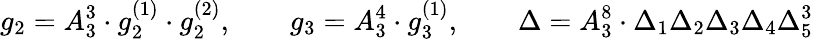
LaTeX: g_{2}=A_{3}^{3}\cdot g_{2}^{(1)}\cdot g_{2}^{(2)},\qquad g_{3}=A_{3}^{4}\cdot g_{3}^{(1)},\qquad\Delta=A_{3}^{8}\cdot\Delta_{1}\Delta_{2}\Delta_{3}\Delta_{4}\Delta_{5}^{3}